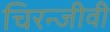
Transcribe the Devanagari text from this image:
चिरन्जीवी